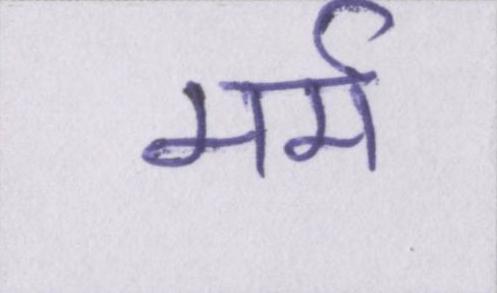
मर्म